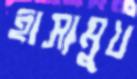
হাস্যমুখ